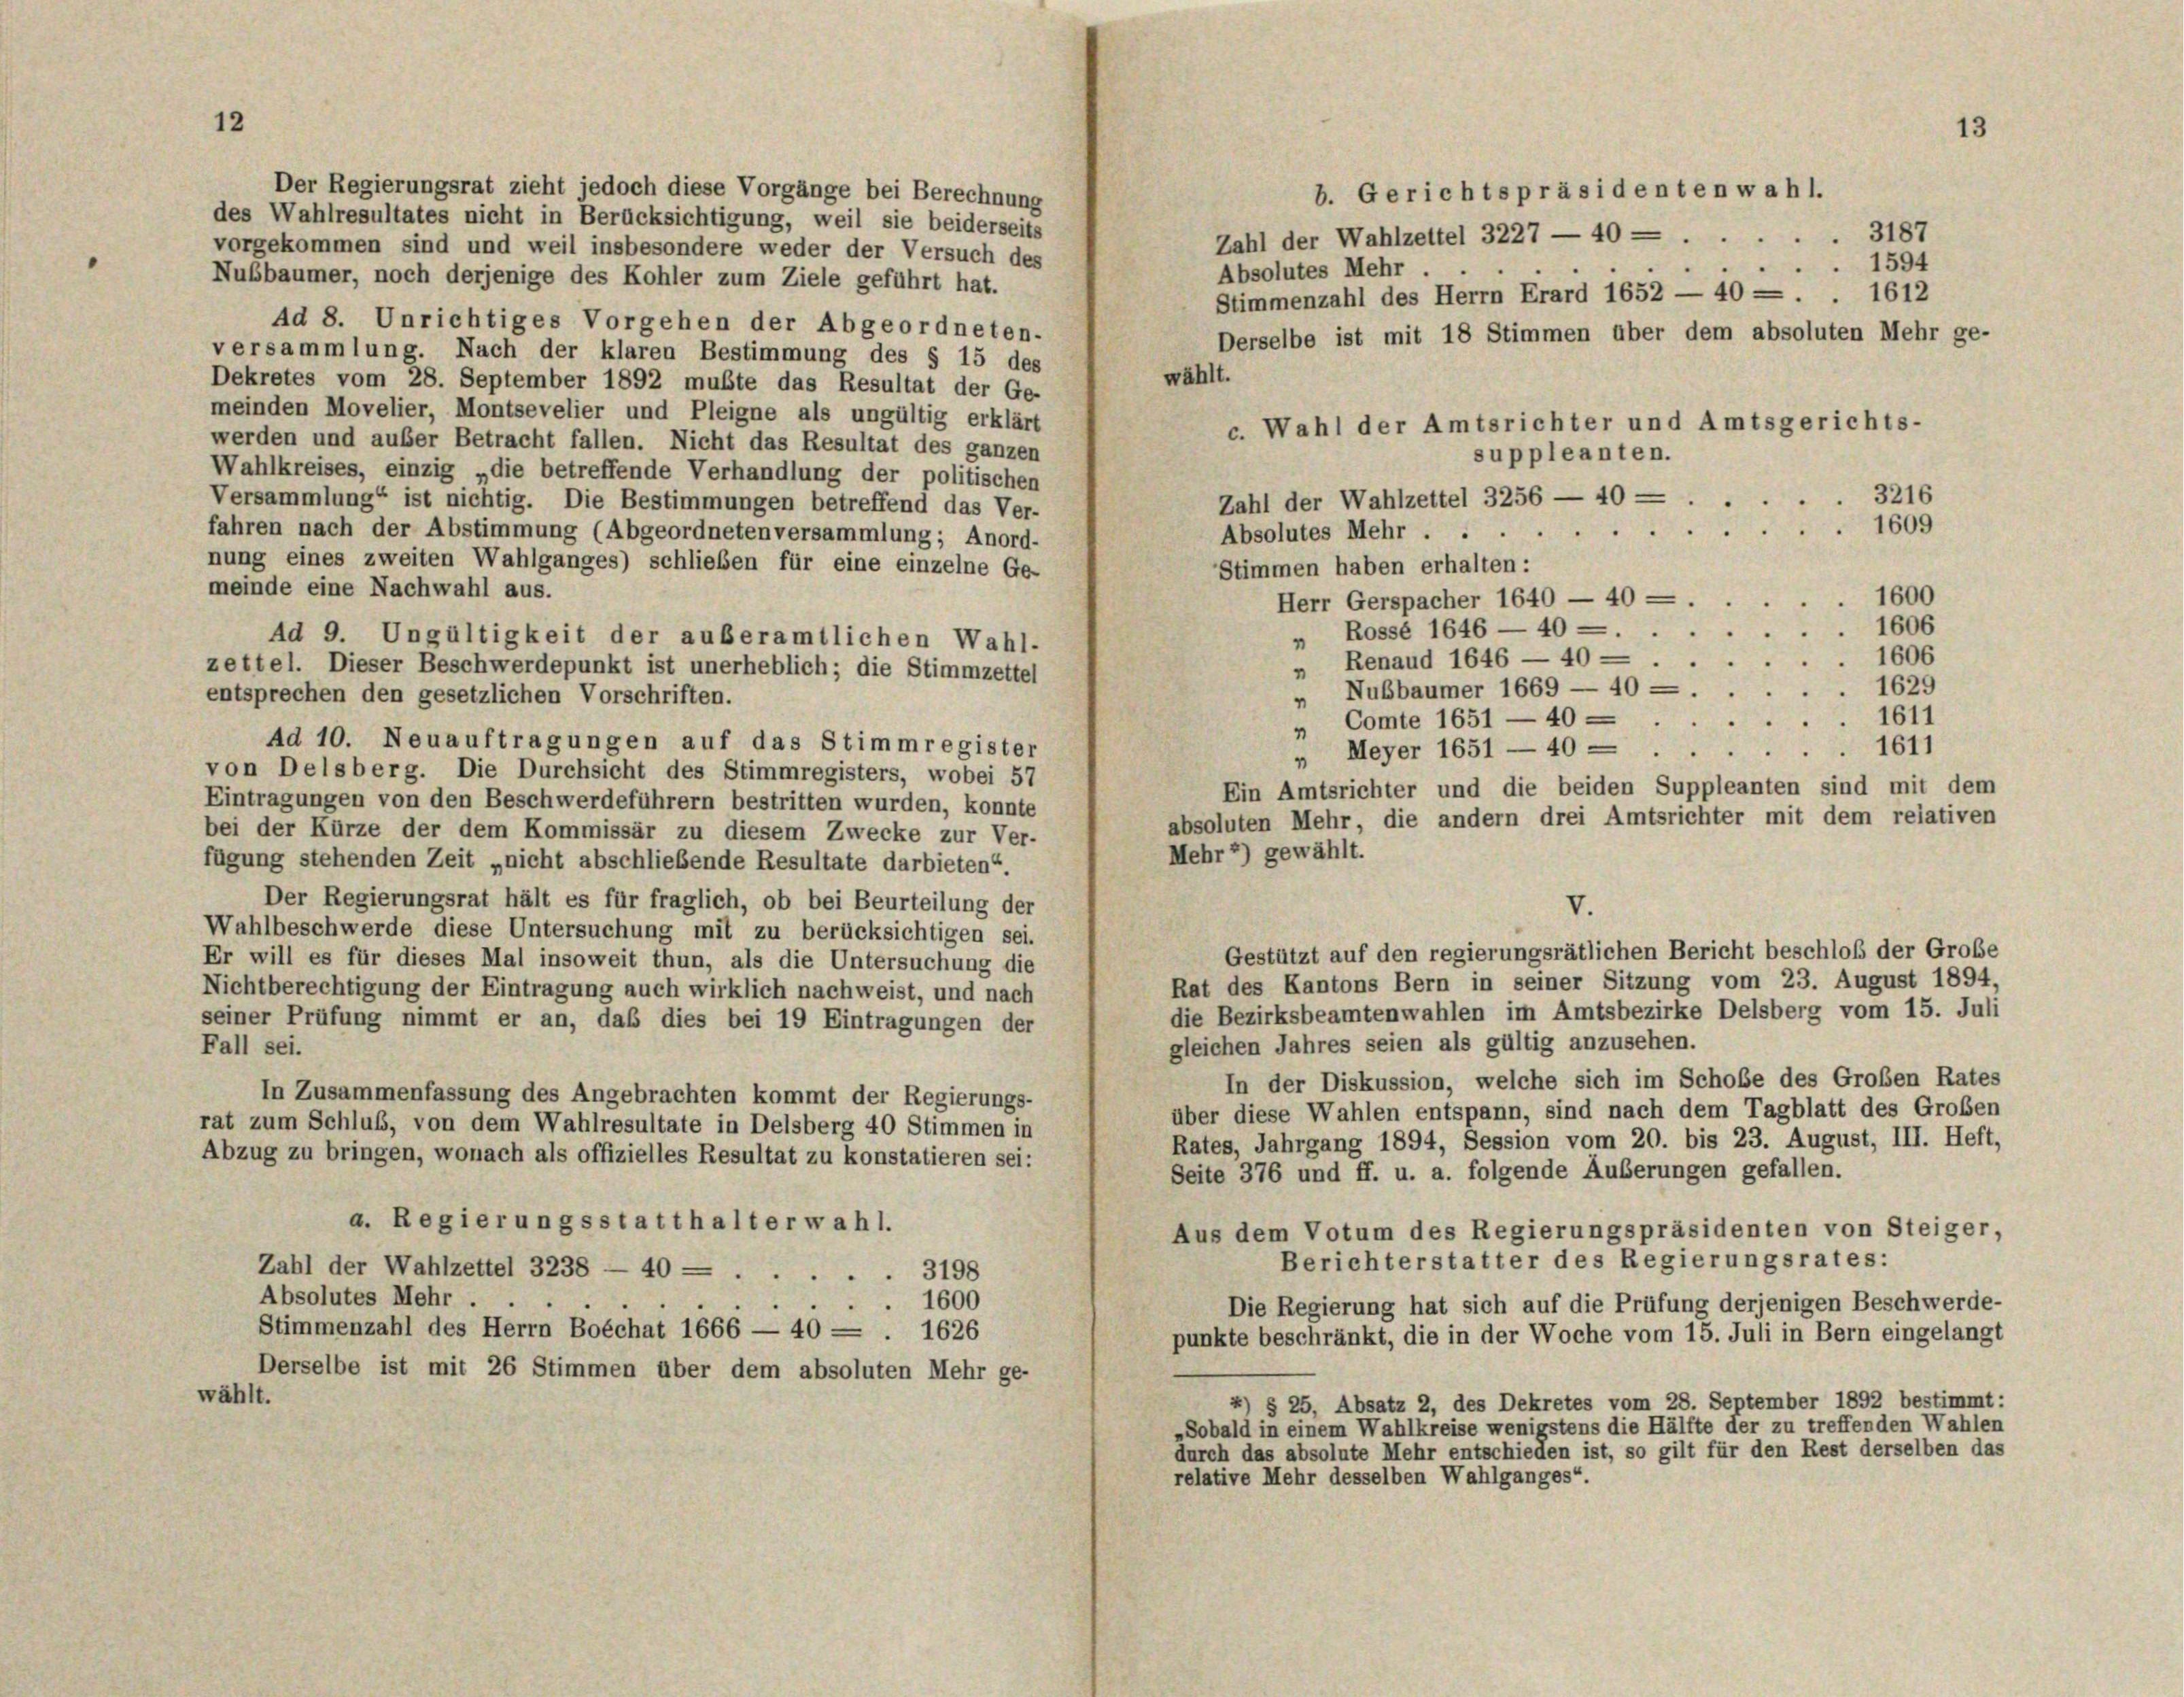
12

Der Regierungsrat zieht jedoch diese Vorgänge bei Berechnung
des Wahlresultates nicht in Berücksichtigung, weil sie beiderseits
vorgekommen sind und weil insbesondere weder der Versuch des
Absolutes Mehr.
Nußbaumer, noch derjenige des Kohler zum Ziele geführt hat.
Stimmenzahl des Herrn Erard 1652 — 40 = 1612
Ad 8. Unrichtiges Vorgehen der Abgeordneten-
Derselbe ist mit 18 Stimmen über dem absoluten Mehr ge-
versammlung. Nach der klaren Bestimmung des § 15 des
wählt.
Dekretes vom 28. September 1892 mußte das Resultat der Ge-
meinden Movelier, Montsevelier und Pleigne als ungültig erklärt
werden und außer Betracht fallen. Nicht das Resultat des ganzen
Wahlkreises, einzig „die betreffende Verhandlung der politischen
3216
Zahl der Wahlzettel 3256 — 40 — .
Versammlung“ ist nichtig. Die Bestimmungen betreffend das Ver-
Absolutes Mehr 1609
fahren nach der Abstimmung (Abgeordneten versammlung; Anord-
nung eines zweiten Wahlganges) schließen für eine einzelne Ge-
Stimmen haben erhalten:
meinde eine Nachwahl aus.
1600
Herr Gerspacher 1640 - 40 — .
1606
" Rosse 1646 — 40 -
Ad 9. Ungültigkeit der außeramtlichen Wahl-
1606
„ Renaud 1646 — 40 -
zettel. Dieser Beschwerdepunkt ist unerheblich; die Stimmzettel
1629
„ Nußbaumer 1669 — 40
entsprechen den gesetzlichen Vorschriften.
„ Comte 1651 —401611
Ad 10. Neuauftragungen auf das Stimmregister
„ Meyer 1651 —401611
von Delsberg. Die Durchsicht des Stimmregisters, wobei 57
Ein Amtsrichter und die beiden Suppleanten sind mit dem
Eintragungen von den Beschwerdeführern bestritten wurden, konnte
absoluten Mehr, die andern drei Amtsrichter mit dem relativen
bei der Kürze der dem Kommissär zu diesem Zwecke zur Ver-
Mehr 2) gewählt.
fügung stehenden Zeit „nicht abschließende Resultate darbieten“.
Der Regierungsrat hält es für fraglich, ob bei Beurteilung der
V.
Wahlbeschwerde diese Untersuchung mit zu berücksichtigen sei.
Gestützt auf den regierungsrätlichen Bericht beschloß der Große
Er will es für dieses Mal insoweit thun, als die Untersuchung die
Rat des Kantons Bern in seiner Sitzung vom 23. August 1894,
Nichtberechtigung der Eintragung auch wirklich nachweist, und nach
die Bezirksbeamtenwahlen im Amtsbezirke Delsberg vom 15. Juli
seiner Prüfung nimmt er an, daß dies bei 19 Eintragungen der
gleichen Jahres seien als gültig anzusehen.
Fall sei.
In der Diskussion, welche sich im Schoße des Großen Rates
In Zusammenfassung des Angebrachten kommt der Regierungs-
über diese Wahlen entspann, sind nach dem Tagblatt des Großen
rat zum Schluß, von dem Wahlresultate in Delsberg 40 Stimmen in
Rates, Jahrgang 1894, Session vom 20. bis 23. August, III. Heft,
Abzug zu bringen, wonach als offizielles Resultat zu konstatieren sei:
Seite 376 und ff. u. a. folgende Äußerungen gefallen.
a. Regierungsstatthalter wahl.
Aus dem Votum des Regierungspräsidenten von Steiger,
Berichterstatter des Regierungsrates:
Zahl der Wahlzettel 3238 — 40 - 3198
Absolutes Mehr .
1600
Die Regierung hat sich auf die Prüfung derjenigen Beschwerde-
Stimmenzahl des Herrn Boéchat 1666 — 40 = . 1626
punkte beschränkt, die in der Woche vom 15. Juli in Bern eingelangt
Derselbe ist mit 26 Stimmen über dem absoluten Mehr ge-
wählt.
) § 25, Absatz 2, des Dekretes vom 28. September 1892 bestimmt:
„Sobald in einem Wahlkreise wenigstens die Hälfte der zu treffenden Wahlen
durch das absolute Mehr entschieden ist, so gilt für den Rest derselben das
relative Mehr desselben Wahlganges“.

b. Gerichtspräsidenten wahl.
Zahl der Wahlzettel 3227 — 403187

c. Wahl der Amtsrichter und Amtsgerichts-
suppleanten.

1594